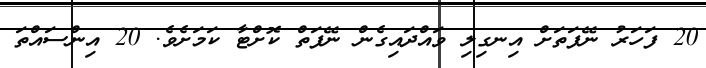
20 ފަހަރު ނޭފަތަށް އިނގިލި ވައްދައިގެން ނޭފަތް ކޮށްޓާ ކަމަށެވެ. 20 އިންސައްތަ